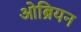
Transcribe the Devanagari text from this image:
ओब्रियन